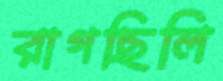
রাগছিলি